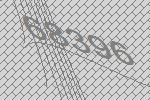
68396